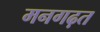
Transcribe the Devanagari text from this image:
मनगढ़त